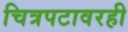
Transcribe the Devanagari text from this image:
चित्रपटावरही